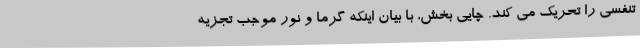
تنفسی را تحریک می کند. چایی بخش، با بیان اینکه گرما و نور موجب تجزیه